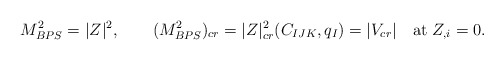
\begin{align*}M^2_{BPS} = |Z|^2, \qquad ( M^2_{BPS})_{cr} =|Z|_{cr}^2(C_{IJK}, q_I)=| V_{cr}| \quad {\rm at} \; Z_{,i}=0.\end{align*}